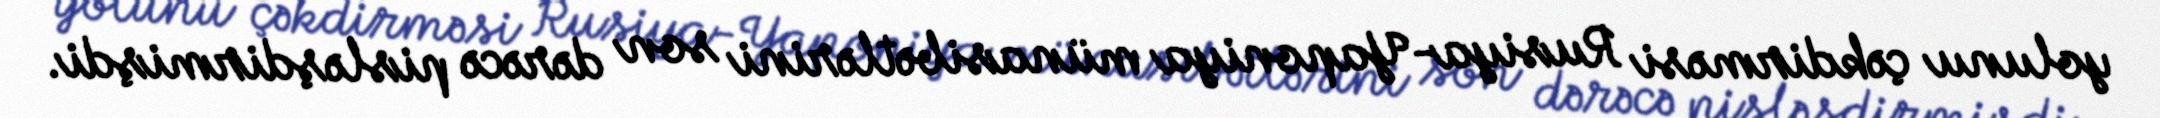
yolunu çəkdirməsi Rusiya-Yaponiya münasibətlərini son dərəcə pisləşdirmişdi.